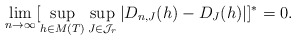
\begin{align*}\lim_{n \rightarrow \infty} [\sup_{h \in M(T)}\sup_{J \in \mathcal{J}_r} |D_{n,J}(h)-D_J(h)|]^{*}=0.\end{align*}